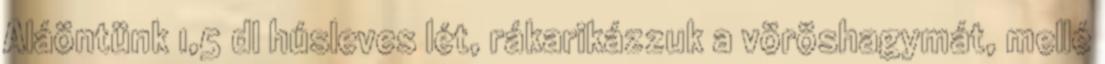
Aláöntünk 1,5 dl húsleves lét, rákarikázzuk a vöröshagymát, mellé